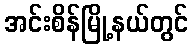
အင်းစိန်မြို့နယ်တွင်